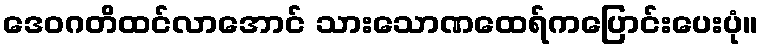
ဒေဝဂတိထင်လာအောင် သားသောဏထေရ်ကပြောင်းပေးပုံ။